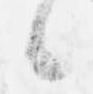
候